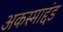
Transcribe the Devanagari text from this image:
अकस्माद्दंड